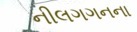
નીલગગનના